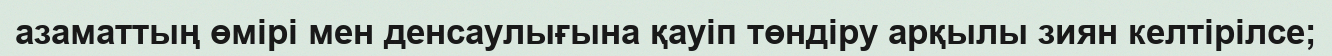
азаматтың өмірі мен денсаулығына қауіп төндіру арқылы зиян келтірілсе;